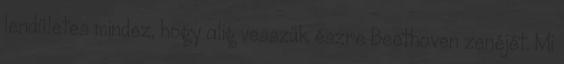
lendületes mindez, hogy alig vesszük észre Beethoven zenéjét. Mi